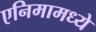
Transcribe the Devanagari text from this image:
एनिमामध्ये